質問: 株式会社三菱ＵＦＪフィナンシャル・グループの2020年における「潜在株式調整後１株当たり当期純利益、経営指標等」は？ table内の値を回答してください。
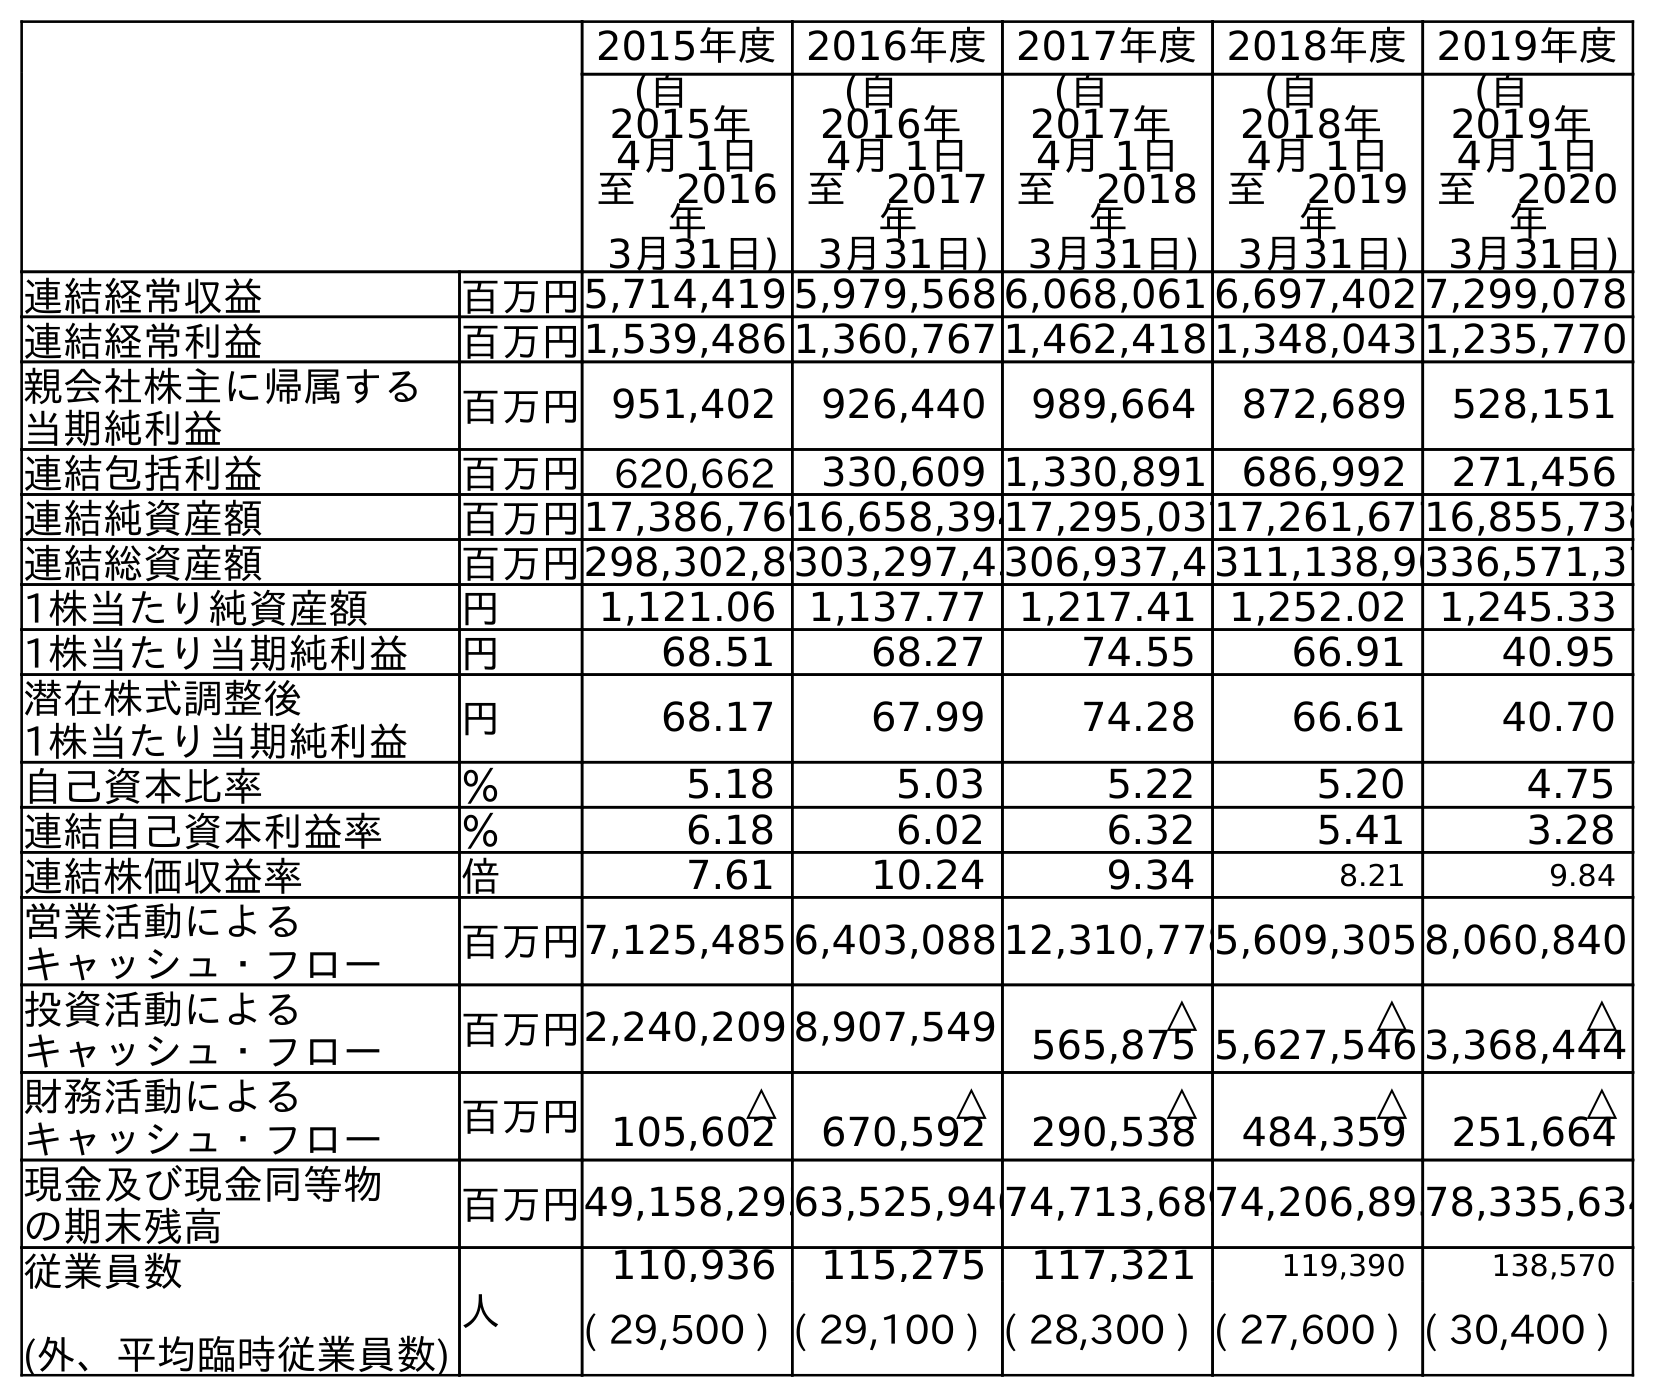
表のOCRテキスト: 2015年度2016年度2017年度2018年度2019年度 (自  2015年 4月 1日 至 2016 年 3月31日) (自  2016年 4月 1日 至 2017 年 3月31日) (自  2017年 4月 1日 至 2018 年 3月31日) (自  2018年 4月 1日 至 2019 年 3月31日) (自  2019年 4月 1日 至 2020 年 3月31日) 連結経常収益 百万円5,714,419 5,979,568 6,068,061 6,697,402 7,299,078 連結経常利益 百万円1,539,486 1,360,767 1,462,418 1,348,043 1,235,770 親会社株主に帰属する 当期純利益 百万円951,402 926,440 989,664 872,689 528,151 連結包括利益 百万円 620,662 330,609 1,330,891 686,992 271,456 連結純資産額 百万円17,386,76916,658,39417,295,03717,261,67716,855,738 連結総資産額 百万円298,302,89303,297,43306,937,4 311,138,90336,571,37 1株当たり純資産額 円 1,121.06 1,137.77 1,217.41 1,252.02 1,245.33 1株当たり当期純利益 円 68.51 68.27 74.55 66.91 40.95 潜在株式調整後 1株当たり当期純利益 円 68.17 67.99 74.28 66.61 40.70 自己資本比率 ％ 5.18 5.03 5.22 5.20 4.75 連結自己資本利益率 ％ 6.18 6.02 6.32 5.41 3.28 連結株価収益率 倍 7.61 10.24 9.34 8.21 9.84 営業活動による キャッシュ・フロー 百万円7,125,485 6,403,088 12,310,7785,609,305 8,060,840 投資活動による キャッシュ・フロー 百万円2,240,209 8,907,549 △ 565,875 △ 5,627,546 △ 3,368,444 財務活動による キャッシュ・フロー 百万円 △ 105,602 △ 670,592 △ 290,538 △ 484,359 △ 251,664 現金及び現金同等物 の期末残高 百万円49,158,29363,525,94074,713,68974,206,89578,335,634 従業員数 (外、平均臨時従業員数) 人 110,936 115,275 117,321 119,390 138,570 ( 29,500 ) ( 29,100 ) ( 28,300 ) ( 27,600 ) ( 30,400 )
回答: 40.70